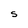
Character: S